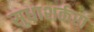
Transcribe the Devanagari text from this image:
सुधाशर्करा